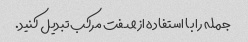
جمله را با استفاده از صفت مرکب تبدیل کنید.